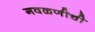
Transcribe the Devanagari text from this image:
गवळणीची